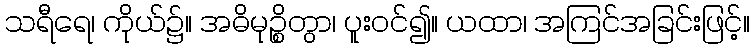
သရီရေ၊ ကိုယ်၌။ အဓိမုဉ္စိတွာ၊ ပူးဝင်၍။ ယထာ၊ အကြင်အခြင်းဖြင့်။